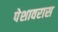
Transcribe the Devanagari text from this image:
पेशावरास